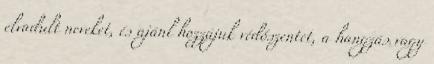
elvadult neveket, és ajánl hozzájuk védőszentet, a hangzás vagy